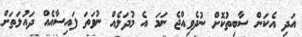
އަދި އެކަން ސާބިތުކޮށް ނުދެވިއްޖެ ނަމަ އެ މުދަލެއް ނުވަތަ ފައިސާއެއް ދައުލަތަށް